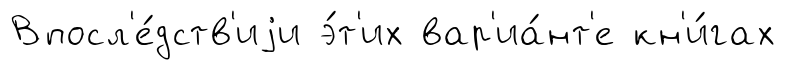
Впосл'е́дств'иjи э́т'их вар'иа́нт'е кн'и́гах